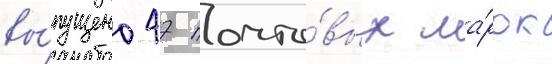
вы́пущено 47 почто́вых ма́рок